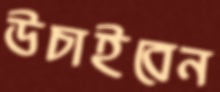
উচাইবেন